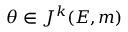
\theta \in J ^ { k } ( E , m )